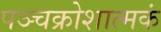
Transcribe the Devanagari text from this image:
पञ्चक्रोशात्मकं